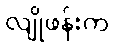
လျိုဖန်းက